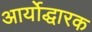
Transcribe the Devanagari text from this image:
आर्योद्धारक